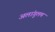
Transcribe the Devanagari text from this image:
अलांगुलम